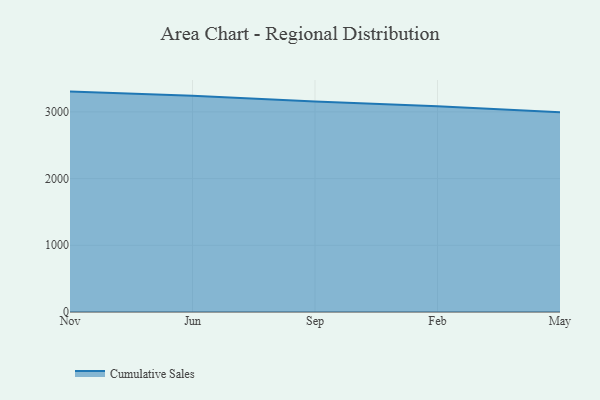
{"axis": {"x": "Month", "y": "Inventory Turnover"}, "legend": ["Cumulative Sales"], "data": [{"x": "Nov", "y": 3304.1, "type": "Cumulative Sales"}, {"x": "Jun", "y": 3240.6, "type": "Cumulative Sales"}, {"x": "Sep", "y": 3156.2, "type": "Cumulative Sales"}, {"x": "Feb", "y": 3082.8, "type": "Cumulative Sales"}, {"x": "May", "y": 2996.0, "type": "Cumulative Sales"}]}